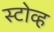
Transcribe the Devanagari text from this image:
स्टोव्ह